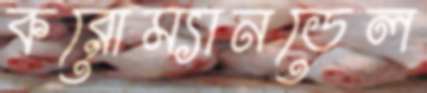
করোম্যানডেল